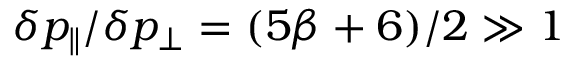
\delta p _ { \| } / \delta p _ { \perp } = ( 5 \beta + 6 ) / 2 \gg 1